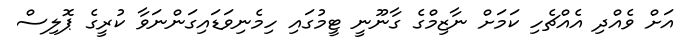
އަށް ވެއްދި އެއްޗެހި ކަމަށް ނާޒިމްގެ ގާނޫނީ ޓީމުގައި ހިމެނިވަޑައިގަންނަވާ ކުރީގެ ޕޮލިސް